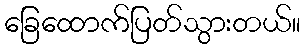
ခြေထောက်ပြတ်သွားတယ်။